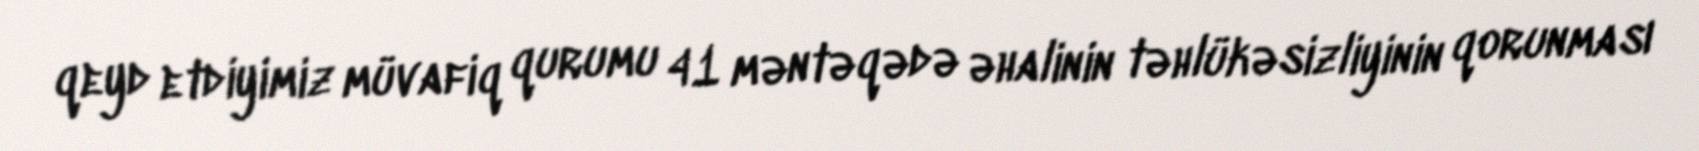
qeyd etdiyimiz müvafiq qurumu 41 məntəqədə əhalinin təhlükəsizliyinin qorunması